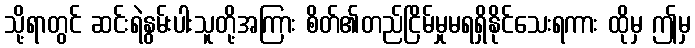
သို့ရာတွင် ဆင်းရဲနွမ်းပါးသူတို့အကြား စိတ်၏တည်ငြိမ်မှုမရရှိနိုင်သေးရကား ထိုမှ ဤမှ